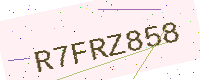
Text: R7FRZ858